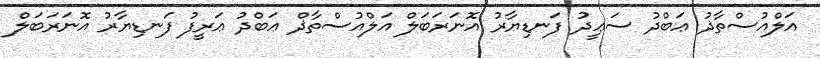
އަލްއުސްތާޛު ޢަބްދު ސަޢީދު ފަނޑިޔާރު އޮނަރަބަލް އަލްއުސްތާޛް ޢަބްދު ޢަރީފު ފަނޑިޔާރު އޮނަރަބަލް